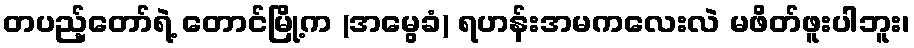
တပည့်တော်ရဲ့ တောင်မြို့က (အမွေခံ) ရဟန်းအမကလေးလဲ မဖိတ်ဖူးပါဘူး၊